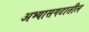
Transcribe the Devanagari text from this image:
अभ्यासगटातील